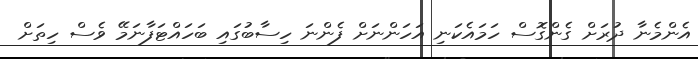
އެންމެނާ ދުރަށް ގެންގޮސް ހަމައެކަނި އަހަންނަށް ފެންނަ ހިސާބުގައި ބަހައްޓަފާނަމޭ ވެސް ހިތަށް